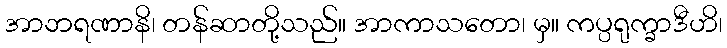
အာဘရဏာနိ၊ တန်ဆာတို့သည်။ အာကာသတော၊ မှ။ ကပ္ပရုက္ခာဒီဟိ၊